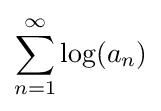
\sum _{n=1}^{\infty }\log(a_{n})